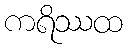
ကရိဿထ